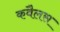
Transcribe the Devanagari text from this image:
कबैलस